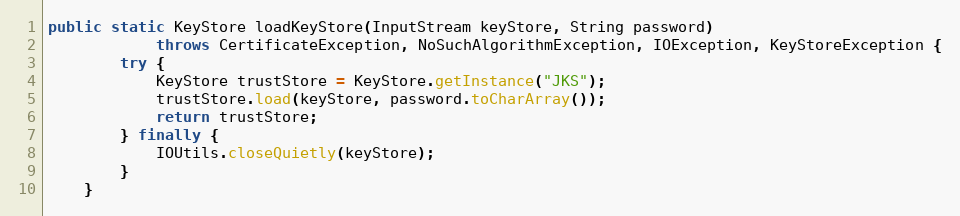
Language: Java
public static KeyStore loadKeyStore(InputStream keyStore, String password)
            throws CertificateException, NoSuchAlgorithmException, IOException, KeyStoreException {
        try {
            KeyStore trustStore = KeyStore.getInstance("JKS");
            trustStore.load(keyStore, password.toCharArray());
            return trustStore;
        } finally {
            IOUtils.closeQuietly(keyStore);
        }
    }